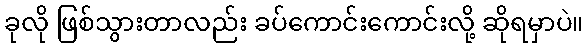
ခုလို ဖြစ်သွားတာလည်း ခပ်ကောင်းကောင်းလို့ ဆိုရမှာပဲ။